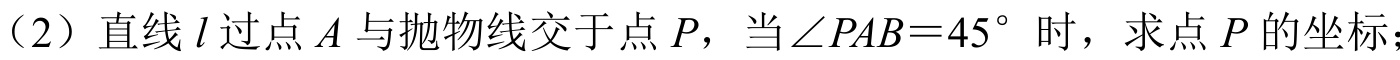
（2）直线\(l\)过点\(A\)与抛物线交于点\(P\)，当\(\angle PAB = 45^{\circ}\)时，求点\(P\)的坐标；